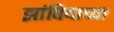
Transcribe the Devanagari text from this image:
झांबियाच्या